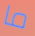
ما